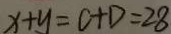
x + y = C + D = 2 8